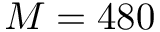
M = 4 8 0